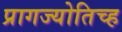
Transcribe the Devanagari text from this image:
प्रागज्योतिच्ह